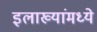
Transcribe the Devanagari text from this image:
इलाख्यांमध्ये